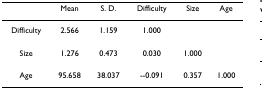
<table><thead><tr><td></td><td><b>Mean</b></td><td><b>S. D.</b></td><td><b>Difficulty</b></td><td><b>Size</b></td><td><b>Age</b></td></tr></thead><tbody><tr><td>Difficulty</td><td>2.566</td><td>1.159</td><td>1.000</td><td></td><td></td></tr><tr><td>Size</td><td>1.276</td><td>0.473</td><td>0.030</td><td>1.000</td><td></td></tr><tr><td>Age</td><td>95.658</td><td>38.037</td><td>--0.091</td><td>0.357</td><td>1.000</td></tr></tbody></table>